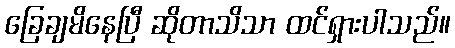
ခြေချမိနေပြီ ဆိုတာသိသာ ထင်ရှားပါသည်။